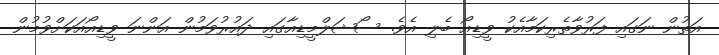
އަތުން ނަގައި ފަރުވާތެރިކަމާއެކު ވީޑިއޯ ބެލި އެވެ. ސޯޝަލްމީޑިއާގައި ދައުރުވަމުން އަންނަ ވީޑިއޯއަކަށްވުމުން